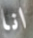
انا